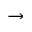
\rightarrow